Kures,_Voldemar, lk 50
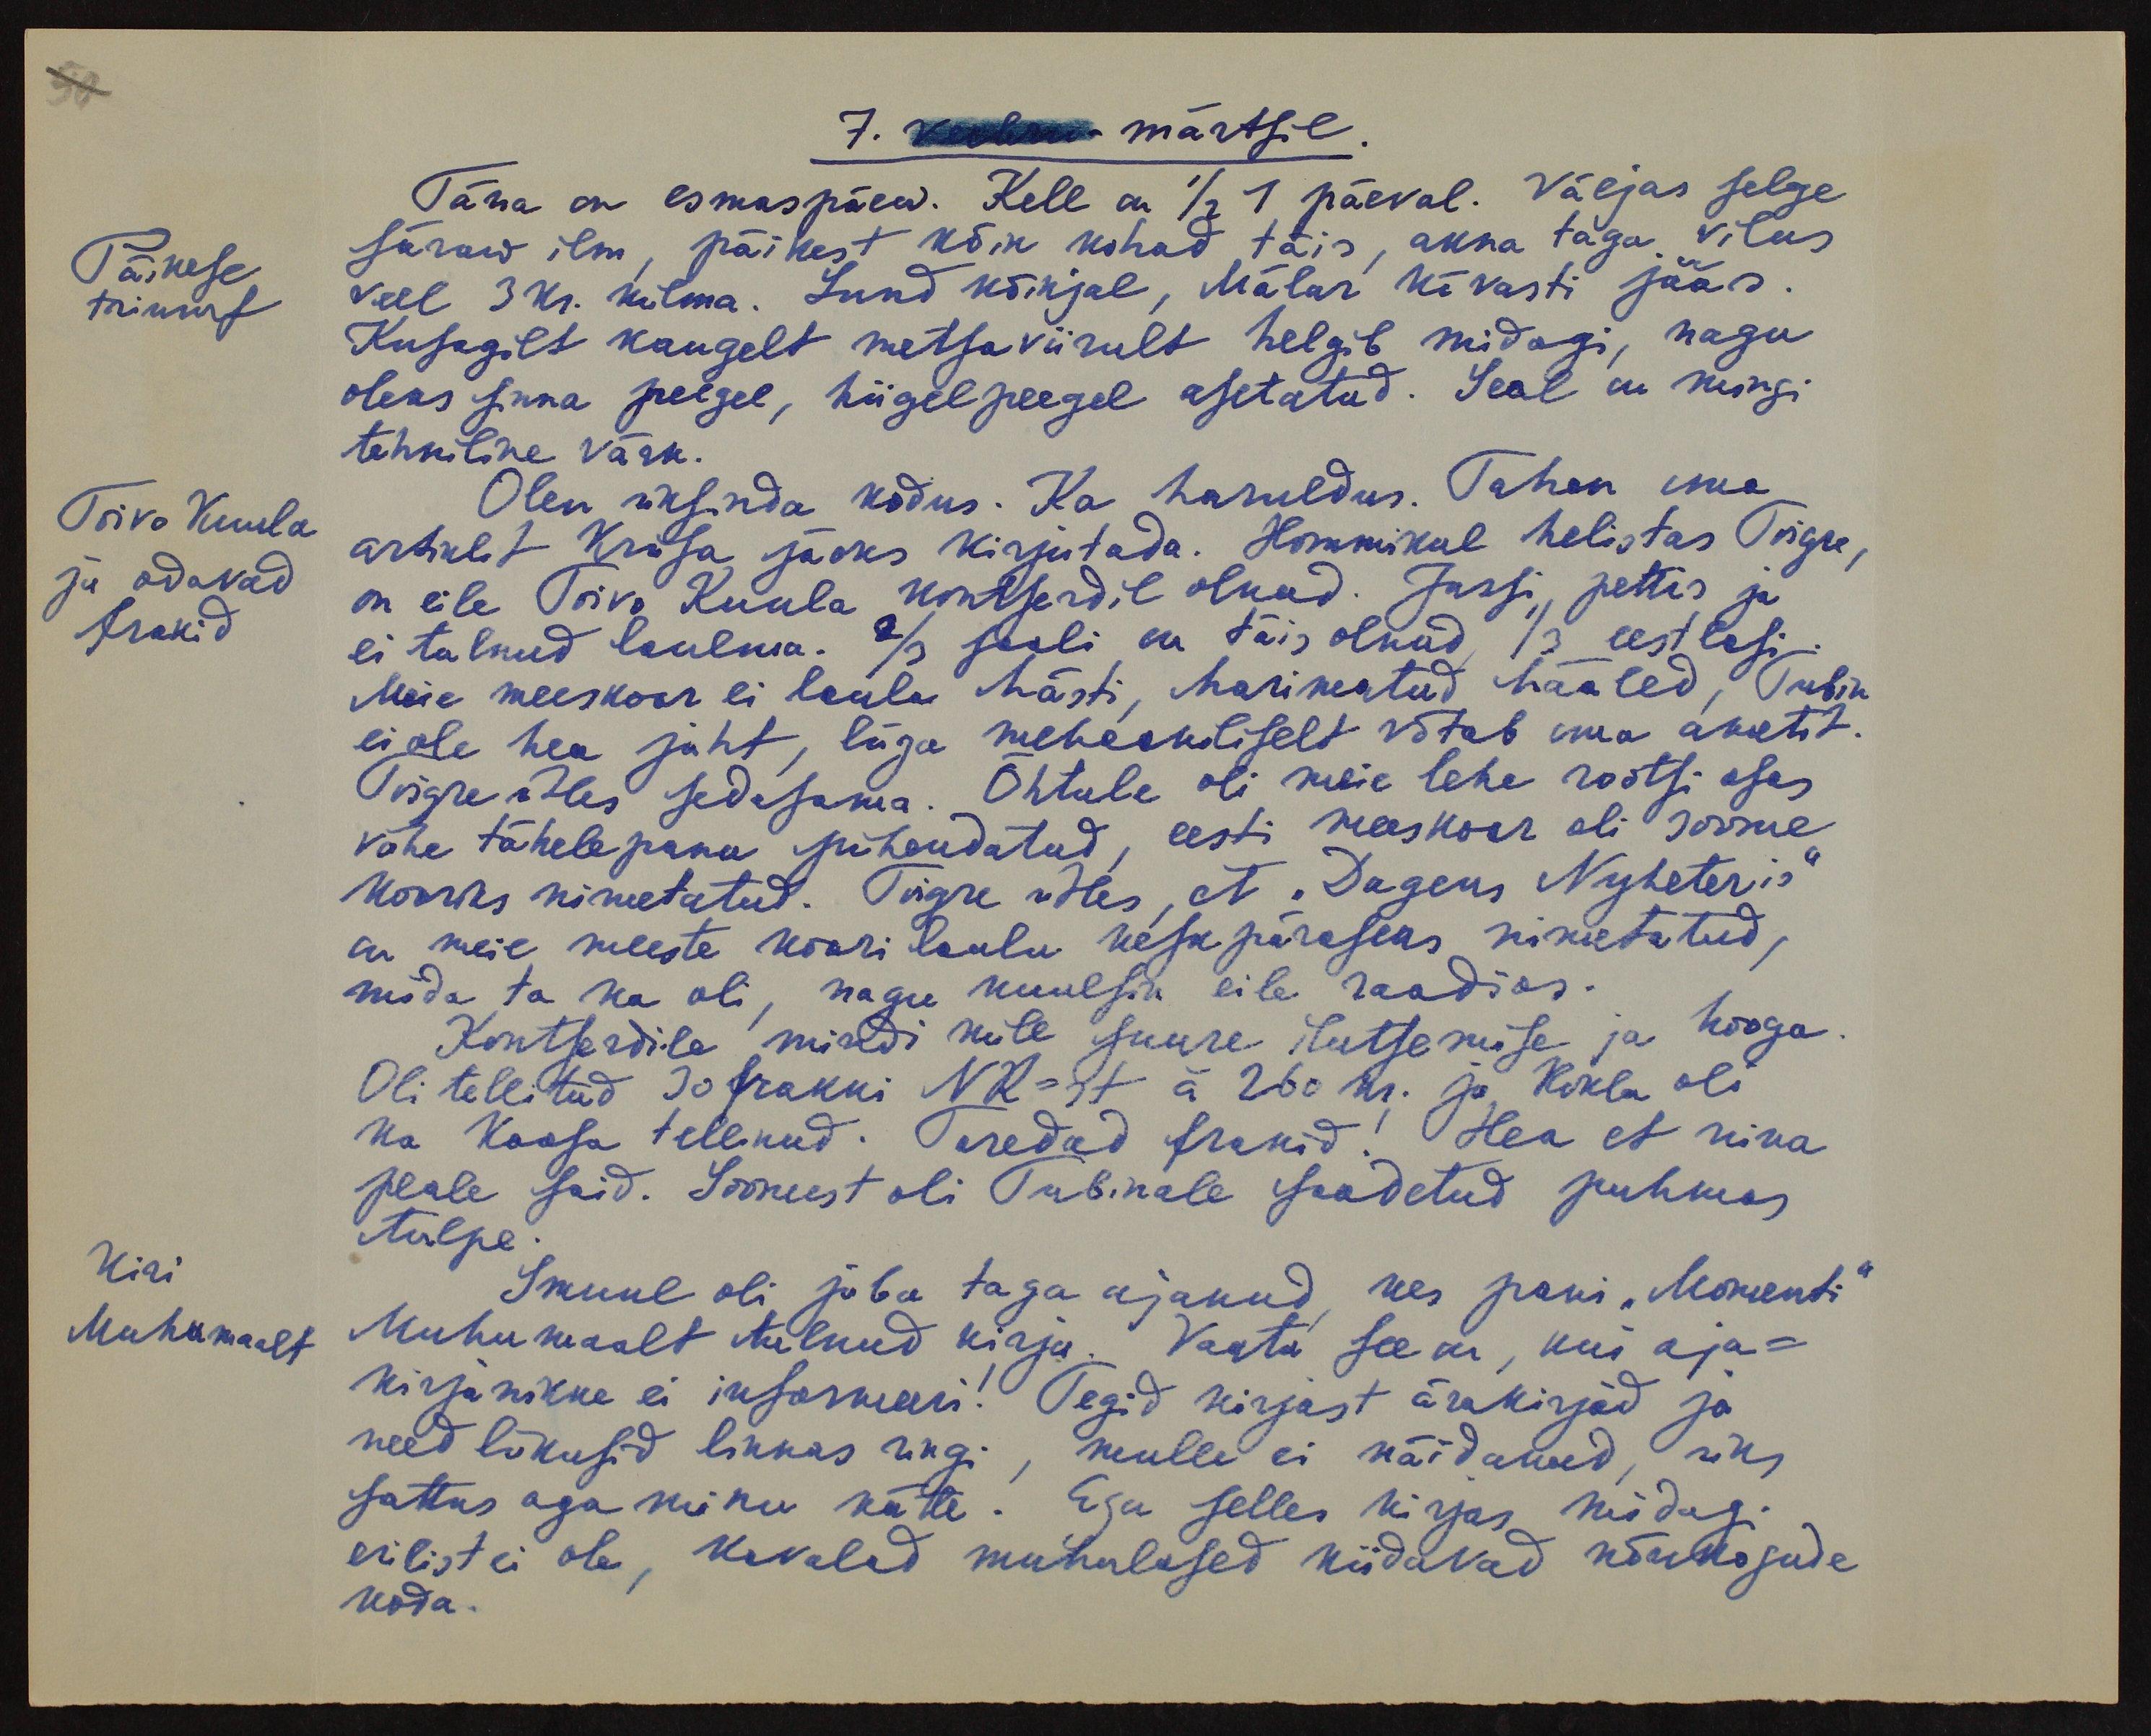
7. veebru- märtsil
Täna on esmaspäew. Kell on 1/2 1 päeval. Väljas selge
Päikese
triumf
säraw ilm, päikest kõik kohad täis, akna taga vilus
veel 3 kr. külma. Lund kõikjal, Mälar kõvasti jääs.
Kusagilt kaugelt metsaviirult helgib midagi, nagu
oleks sinna peegel, hiigelpeegel asetatud. Seal on mingi
tehniline värk.
Toivo Kuula
ja odavad
frakid
Olen üksinda kodus. Ka haruldus. Tahan oma,
artiklit Kriisa jaoks kirjutada. Hommikul helistas Toigre,
on eile Toivo Kuula kontserdil olnud. Jassi pettis ja
ei tulnud laulma. 2/3 saali on täis olnud, 1/3 eestlasi.
Meie meeskoor ei laula hästi, harimatud hääled, Tubin
ei ole hea juht, liiga mehaaniliselt võtab oma ametit.
Toigre ütles sedasama. Õhtule oli meie lehe rootsi osas
vähe tähelepanu pühendatud, eesti meeskoor oli soome
kooriks nimetatud. Toigre ütles, et "Dagens Nyheteris"
on meie meeste koori laulu kesk päraseks nimetatud,
mida ta ka oli, nagu kuulsin eile raadios.
Kontserdile mindi küll suure ilutsemise ja hooga.
Oli tellitud 30 frakki Nr-st á 260 kr. ja Kokla oli
ka kaasa tellinud. Toredad frakid! Hea et nina
peale said. Soomest oli Tubinale saadetud puhmas
tulpe.
Kiri
Muhumaalt
Smuul oli juba taga ajanud, kes pani "Momenti"
Muhumaalt tulnud kirju. Vaata see on, kui aja-
kirjanikke ei informeeri. Tegid kirjast ärakirjad ja
need liikusid linnas ringi, mulle ei näidanud, üks
sattus aga minu kätte. Ega selles kirjas, midagi
erilist ei ole, kavalad muhulased kiidavad nõukogude
koda.